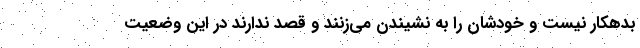
بدهکار نیست و خودشان را به نشیندن می‌زنند و قصد ندارند در این وضعیت